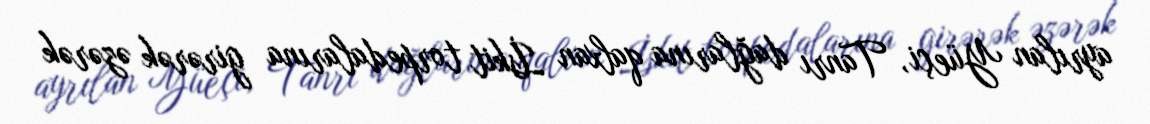
ayrılan Yüeçi, Tanrı dağlarına qalxan İskit torpedalarına girərək əzərək